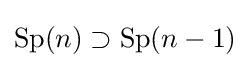
\operatorname {Sp} (n)\supset \operatorname {Sp} (n-1)